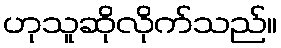
ဟုသူဆိုလိုက်သည်။